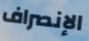
الإنصراف